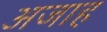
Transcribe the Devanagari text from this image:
अजाह